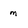
Character: m